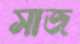
সাজ